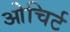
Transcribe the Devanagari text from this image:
ओचिर्ट